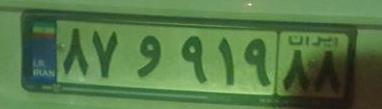
۸۷و۹۱۹۸۸